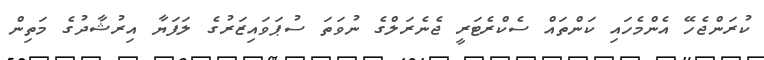
ކުރަންޖެހޭ އެންމެހައި ކަންތައް ސެކްރެޓަރީ ޖެނެރަލްގެ ނުވަތަ ސުޕަވައިޒަރުގެ ލަފަޔާ އިރުޝާދުގެ މަތިން